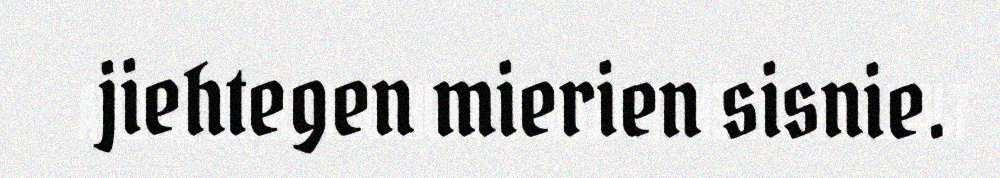
jiehtegen mierien sisnie.